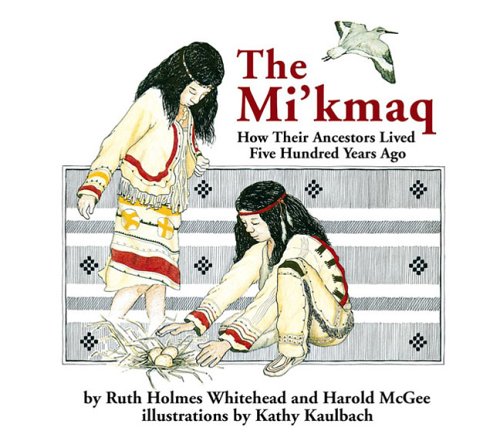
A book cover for The Mi'kmaq (Micmac): How Their Ancestors Lived Five Hundred Years Ago; Ruth Holmes Whitehead; Literature & Fiction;